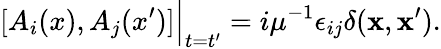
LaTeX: [A_{i}(x),A_{j}(x^{\prime})]\Big|_{t=t^{\prime}}=i\mu^{-1}\epsilon_{ij}\delta({\mathbf x},{\mathbf x^{\prime}}).